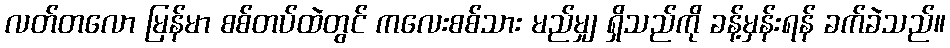
လတ်တလော မြန်မာ စစ်တပ်ထဲတွင် ကလေးစစ်သား မည်မျှ ရှိသည်ကို ခန့်မှန်းရန် ခက်ခဲသည်။